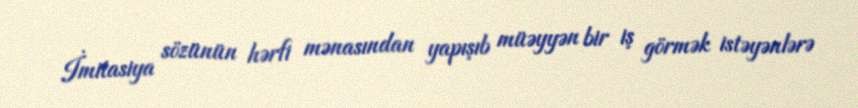
İmitasiya sözünün hərfi mənasından yapışıb müəyyən bir iş görmək istəyənlərə